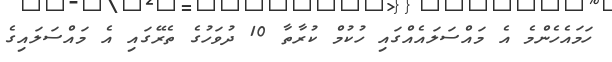
ހަމައެހެންމެ އެ މައްސަލައެއްގައި ހުކުމް ކުރާތާ 10 ދުވަހުގެ ތެރޭގައި އެ މައްސަލައިގެ